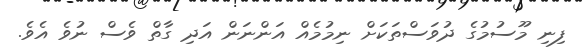
ފިނި މޫސުމުގެ ދުވަސްތަކަށް ނިމުމެއް އަންނަން އަދި ގާތް ވެސް ނުވެ އެވެ.